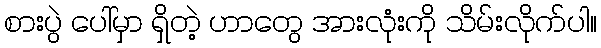
စားပွဲ ပေါ်မှာ ရှိတဲ့ ဟာတွေ အားလုံးကို သိမ်းလိုက်ပါ။